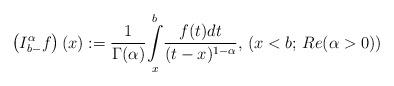
LaTeX: \begin{align*}\left(I_{b-}^\alpha f\right)(x):=\frac{1}{\Gamma(\alpha)}\underset{x}{\overset{b}{\int}}\frac{f(t)dt}{(t-x)^{1-\alpha}},\,(x<b;\,Re(\alpha>0))\end{align*}